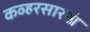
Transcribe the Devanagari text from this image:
कव्हरसारखं